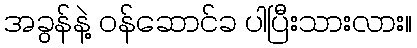
အခွန်နဲ့ ဝန်ဆောင်ခ ပါပြီးသားလား။